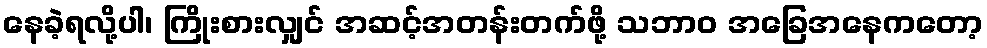
နေခဲ့ရလို့ပါ၊ ကြိုးစားလျှင် အဆင့်အတန်းတက်ဖို့ သဘာဝ အခြေအနေကတော့